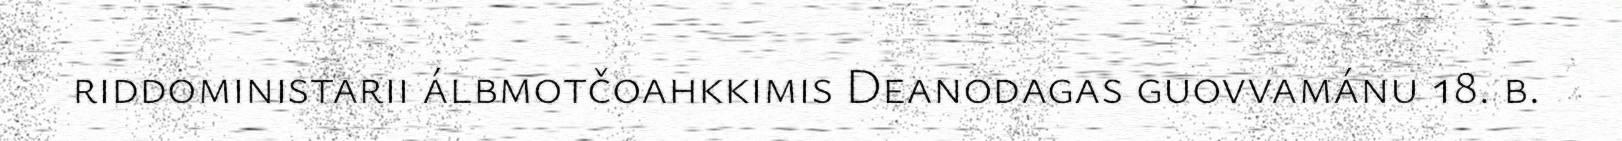
riddoministarii álbmotčoahkkimis Deanodagas guovvamánu 18. b.